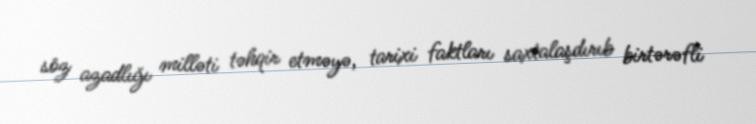
söz azadlığı milləti təhqir etməyə, tarixi faktları saxtalaşdırıb birtərəfli